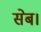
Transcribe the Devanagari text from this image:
सेब।